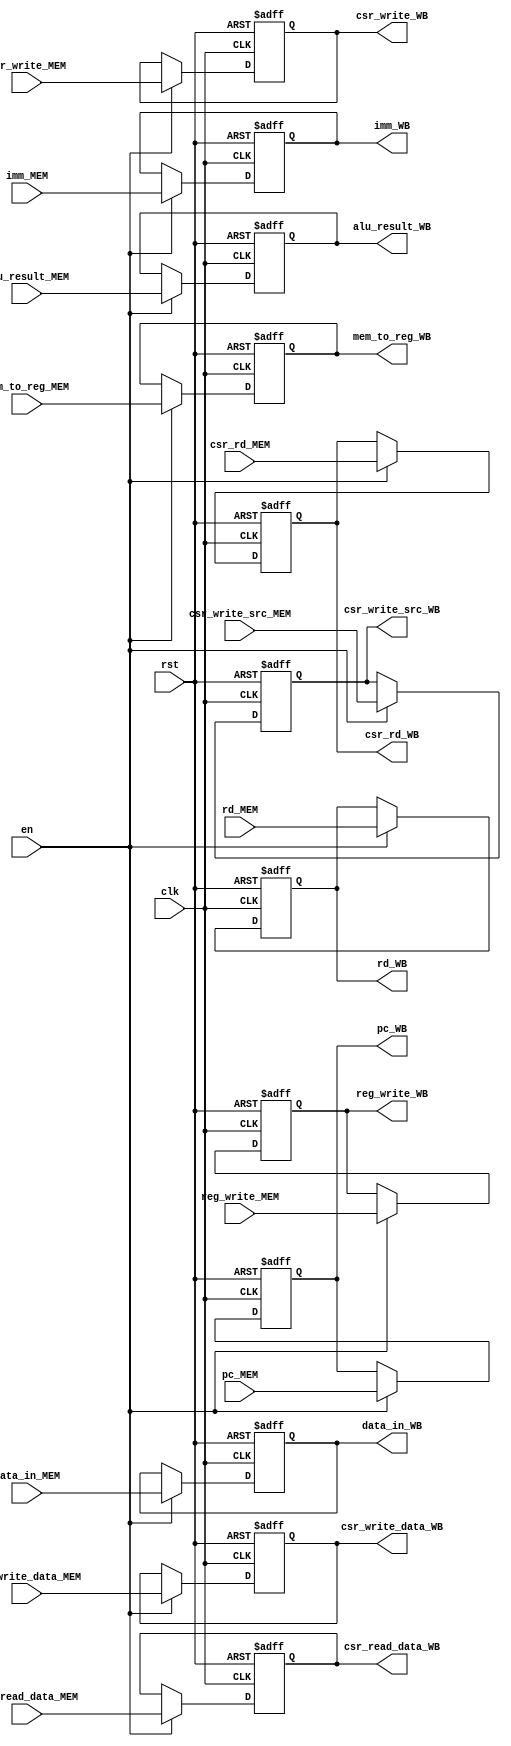
`timescale 1ns / 1ps

module RegMEMWB (
    input               clk,
    input               rst,
    input               en,
    input       [63:0]  pc_MEM,
    input       [63:0]  imm_MEM,
    input       [63:0]  data_in_MEM,
    input       [63:0]  alu_result_MEM,
    input       [4:0]   rd_MEM,
    input               reg_write_MEM,
    input       [2:0]   mem_to_reg_MEM,
    input               csr_write_MEM,
    input               csr_write_src_MEM,
    input       [11:0]  csr_rd_MEM,
    input       [63:0]  csr_write_data_MEM,
    input       [63:0]  csr_read_data_MEM,
    output  reg [63:0]  pc_WB,
    output  reg [63:0]  imm_WB,
    output  reg [63:0]  data_in_WB,
    output  reg [63:0]  alu_result_WB,
    output  reg [4:0]   rd_WB,
    output  reg         reg_write_WB,
    output  reg [2:0]   mem_to_reg_WB,
    output  reg         csr_write_WB,
    output  reg         csr_write_src_WB,
    output  reg [11:0]  csr_rd_WB,
    output  reg [63:0]  csr_write_data_WB,
    output  reg [63:0]  csr_read_data_WB
);
    always @(posedge clk or posedge rst) begin
        if (rst) begin
            pc_WB <= 63'h0;
            imm_WB <= 63'h0;
            data_in_WB <= 63'h0;
            alu_result_WB <= 63'h0;
            rd_WB <= 5'h0;
            reg_write_WB <= 1'h0;
            mem_to_reg_WB <= 3'h0;
            csr_write_WB <= 1'h0;
            csr_write_src_WB <= 1'h0;
            csr_rd_WB <= 12'h0;
            csr_write_data_WB <= 63'h0;
            csr_read_data_WB <= 63'h0;
        end else if (en) begin
            pc_WB <= pc_MEM;
            imm_WB <= imm_MEM;
            data_in_WB <= data_in_MEM;
            alu_result_WB <= alu_result_MEM;
            rd_WB <= rd_MEM;
            reg_write_WB <= reg_write_MEM;
            mem_to_reg_WB <= mem_to_reg_MEM;
            csr_write_WB <= csr_write_MEM;
            csr_write_src_WB <= csr_write_src_MEM;
            csr_rd_WB <= csr_rd_MEM;
            csr_write_data_WB <= csr_write_data_MEM;
            csr_read_data_WB <= csr_read_data_MEM;
        end
    end
endmodule